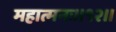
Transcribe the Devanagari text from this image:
महात्मनः॥१२॥